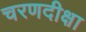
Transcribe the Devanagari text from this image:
चरणदीक्षा